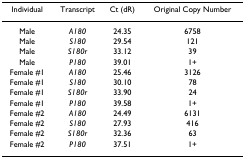
<table><thead><tr><td><b>Individual</b></td><td><b>Transcript</b></td><td><b>Ct (dR)</b></td><td><b>Original Copy Number</b></td></tr></thead><tbody><tr><td>Male</td><td><i>A180</i></td><td>24.35</td><td>6758</td></tr><tr><td>Male</td><td><i>S180</i></td><td>29.54</td><td>121</td></tr><tr><td>Male</td><td><i>S180r</i></td><td>33.12</td><td>39</td></tr><tr><td>Male</td><td><i>P180</i></td><td>39.01</td><td>1+</td></tr><tr><td>Female #1</td><td><i>A180</i></td><td>25.46</td><td>3126</td></tr><tr><td>Female #1</td><td><i>S180</i></td><td>30.10</td><td>78</td></tr><tr><td>Female #1</td><td><i>S180r</i></td><td>33.90</td><td>24</td></tr><tr><td>Female #1</td><td><i>P180</i></td><td>39.58</td><td>1+</td></tr><tr><td>Female #2</td><td><i>A180</i></td><td>24.49</td><td>6131</td></tr><tr><td>Female #2</td><td><i>S180</i></td><td>27.93</td><td>416</td></tr><tr><td>Female #2</td><td><i>S180r</i></td><td>32.36</td><td>63</td></tr><tr><td>Female #2</td><td><i>P180</i></td><td>37.51</td><td>1+</td></tr></tbody></table>